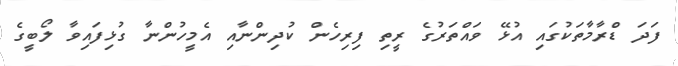
ފަދަ ޑްރާމާތަކުގައި އުޅޭ ވައްތަރުގެ ރީތި ފިރިހެން ކުދިންނާއި އެމީހުންނާ ގުޅިފައިވާ ލޯބީގެ